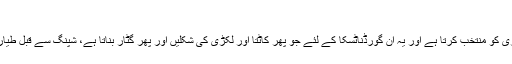
'
نووآرا لکڑی کو منتخب کرتا ہے اور یہ ان گورڈناٹسکا کے لئے جو پھر کاٹتا اور لکڑی کی شکلیں اور پھر گٹار بناتا ہے، شپنگ سے قبل طیارے تھے ۔